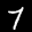
Label: 7